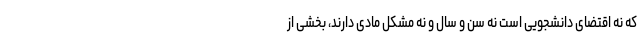
که نه اقتضای دانشجویی است نه سن و سال و نه مشکل مادی دارند، بخشی از